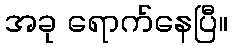
အခု ရောက်နေပြီ။